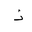
Letter: _thal